Lunatic asylums Punjab 1881-1894 - 1881-1894
Year: 1881
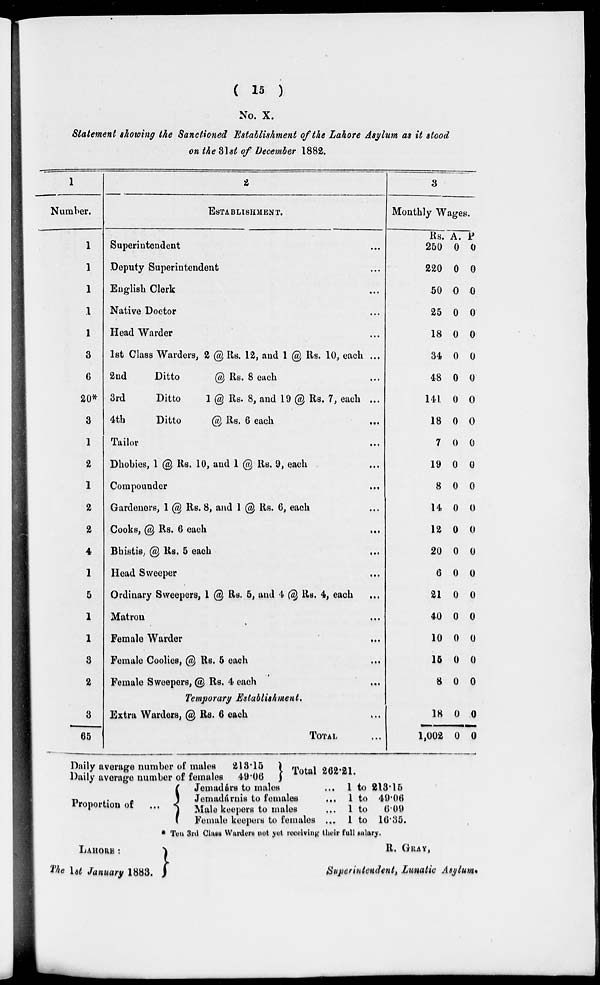
( 15 )
No. X.
Statement showing the Sanctioned Establishment of the Lahore Asylum as it stood
on the 31 st of December 1882.
1
Number.
1
1
1
1
1
3
6
20*
3
1
2
1
2
2
4
1
5
1
1
3
2
3
65
2
ESTABLISHMENT.
Superintendent ...
Deputy Superintendent ...
English Clerk ...
Native Doctor ...
Head Warder ...
1st Class Warders, 2 @ Rs. 12, and 1 @ Rs. 10, each ...
2nd
Ditto
@ Rs. 8 each ...
3rd
Ditto
1 @ Rs. 8, and 19 @ Rs. 7, each ...
4th
Ditto
@ Rs. 6 each ...
Tailor ...
Dhobies, 1 @ Rs. 10, and 1 @ Rs. 9, each ...
Compounder ...
Gardeners, 1 @ Rs. 8, and 1 @ Rs. 6, each ...
Cooks, @ Rs. 6 each ...
Bhistis, @ Rs. 5 each ...
Head Sweeper ...
Ordinary Sweepers, 1 @ Rs. 5, and 4 @ Rs. 4, each
...
Matron ...
Female Warder ...
Female Coolies, @ Rs. 5 each ...
Female Sweepers, @ Rs. 4 each
...
Temporary Establishment.
Extra Warders, @ Rs. 6 each ...
TOTAL ...
3
Monthly Wages.
Rs.
250
220
50
25
18
34
48
141
18
7
19
8
14
12
20
6
21
40
10
15
8
18
1,002
A.
0
0
0
0
0
0
0
0
0
0
0
0
0
0
0
0
0
0
0
0
0
0
0
P.
0
0
0
0
0
0
0
0
0
0
0
0
0
0
0
0
0
0
0
0
0
0
0
Daily average number of males
Daily average number of females
213.15
49.06
Total 262.21.
Proportion of
Jemadars to males ...
Jemadárnis to females ...
Male keepers to males ...
Female keepers to females ...
1 to 213.15
1 to 49.06
1 to
6.09
1 to 16.35.
* Ten 3rd Class Warders not yet receiving their full salary.
LAHORE:
The 1st January 1883.
R. GRAY,
Superintendent , Lunatic Asylum.